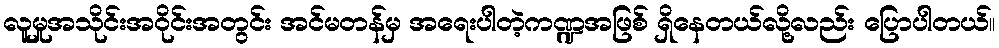
လူမှုအသိုင်းအဝိုင်းအတွင်း အင်မတန်မှ အရေးပါတဲ့ကဏ္ဍအဖြစ် ရှိနေတယ်လို့လည်း ပြောပါတယ်။